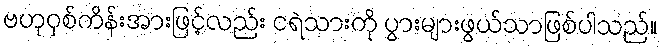
ဗဟုဝှစ်ကိန်းအားဖြင့်လည်း ငရဲသားကို ပွားများဖွယ်သာဖြစ်ပါသည်။